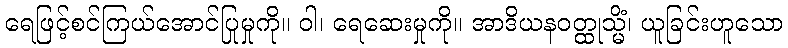
ရေဖြင့်စင်ကြယ်အောင်ပြုမှုကို။ ဝါ၊ ရေဆေးမှုကို။ အာဒိယနဝတ္ထုသ္မိံ၊ ယူခြင်းဟူသော